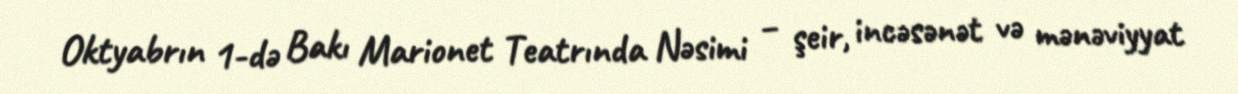
Oktyabrın 1-də Bakı Marionet Teatrında Nəsimi – şeir, incəsənət və mənəviyyat